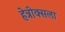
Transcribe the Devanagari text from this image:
हेन्रीक्सला